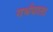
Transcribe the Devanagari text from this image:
गर्भपात।